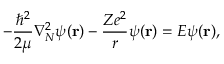
- \frac { \hbar ^ { 2 } } { 2 \mu } \nabla _ { N } ^ { 2 } \psi ( { \bf r } ) - \frac { Z e ^ { 2 } } { r } \psi ( { \bf r } ) = E \psi ( { \bf r } ) ,